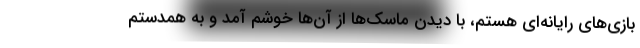
بازی‌های رایانه‌ای هستم، با دیدن ماسک‌ها از آن‌ها خوشم آمد و به همدستم